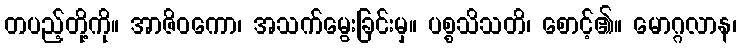
တပည့်တို့ကို။ အာဇိဝကော၊ အသက်မွေးခြင်းမှ။ ပစ္စသိသတိ၊ စောင့်၏။ မောဂ္ဂလာန၊